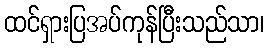
ထင်ရှားပြအပ်ကုန်ပြီးသည်သာ၊